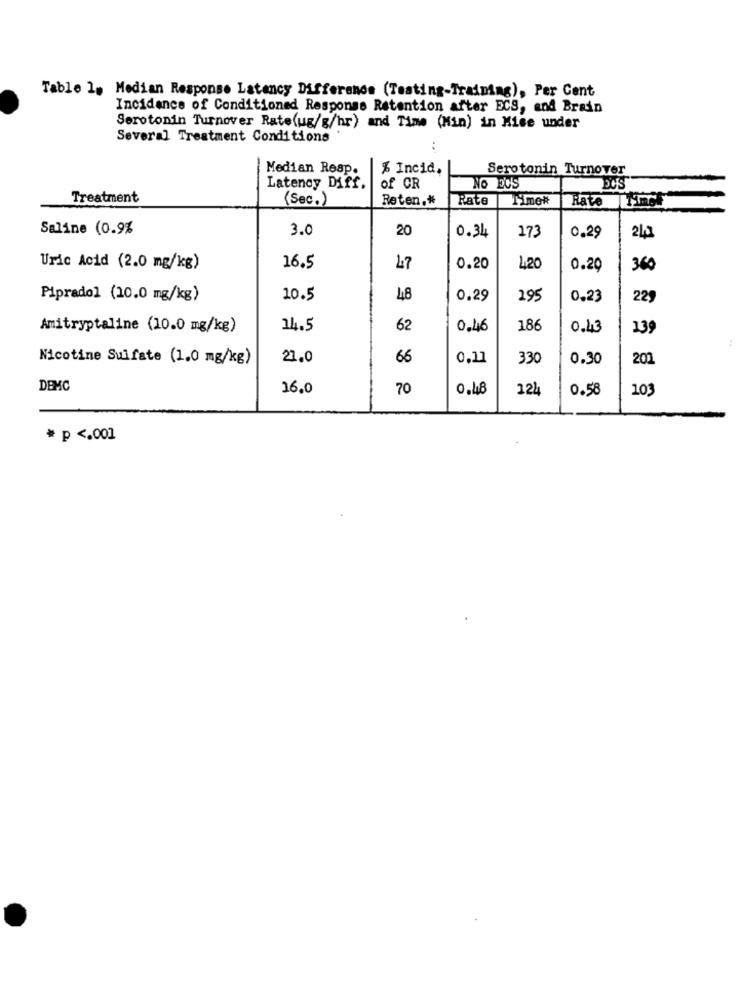
Table 1. Median Response Latency Difference (Testing-Training), Per Cent
Incidence of Conditioned Responss Retention after ECS, and Brain
Serotonin Turnover Rate(ug/g/hr) and Time (Min) in Mise under
Several Treatment Conditions
Median Resp.
% Incid,
Serotonin Turnover
Latency Diff.
of CR
NO DOS
DC'S
Treatment
(Sec.)
Reten .*
Rate
Time#
Rate
Saline (0.9%
3.0
20
0.34
173
0.29
Uric Acid (2.0 mg/kg)
16.5
47
0.20
4,20
0.29
360
Pipradol (10.0 mg/kg)
10.5
48
0.29
195
0,23
225
Amitryptaline (10.0 mg/kg)
14.5
62
0.46
186
0.43
139
Nicotine Sulfate (1.0 mg/kg)
21.0
66
0,11
330
0.30
201
DEMC
16,0
70
0.48
124
0.58
103
* p <. 001